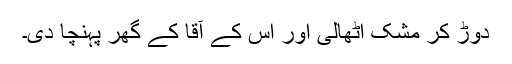
دوڑ کر مشک اٹھالی اور اس کے آقا کے گھر پہنچا دی۔